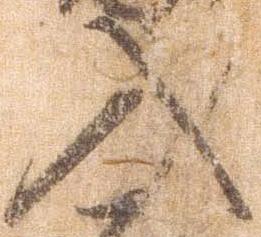
入